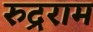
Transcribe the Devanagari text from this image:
रुद्रराम